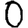
Digit: 0